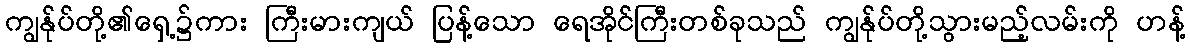
ကျွန်ုပ်တို့၏ရှေ့၌ကား ကြီးမားကျယ် ပြန့်သော ရေအိုင်ကြီးတစ်ခုသည် ကျွန်ုပ်တို့သွားမည့်လမ်းကို ဟန့်